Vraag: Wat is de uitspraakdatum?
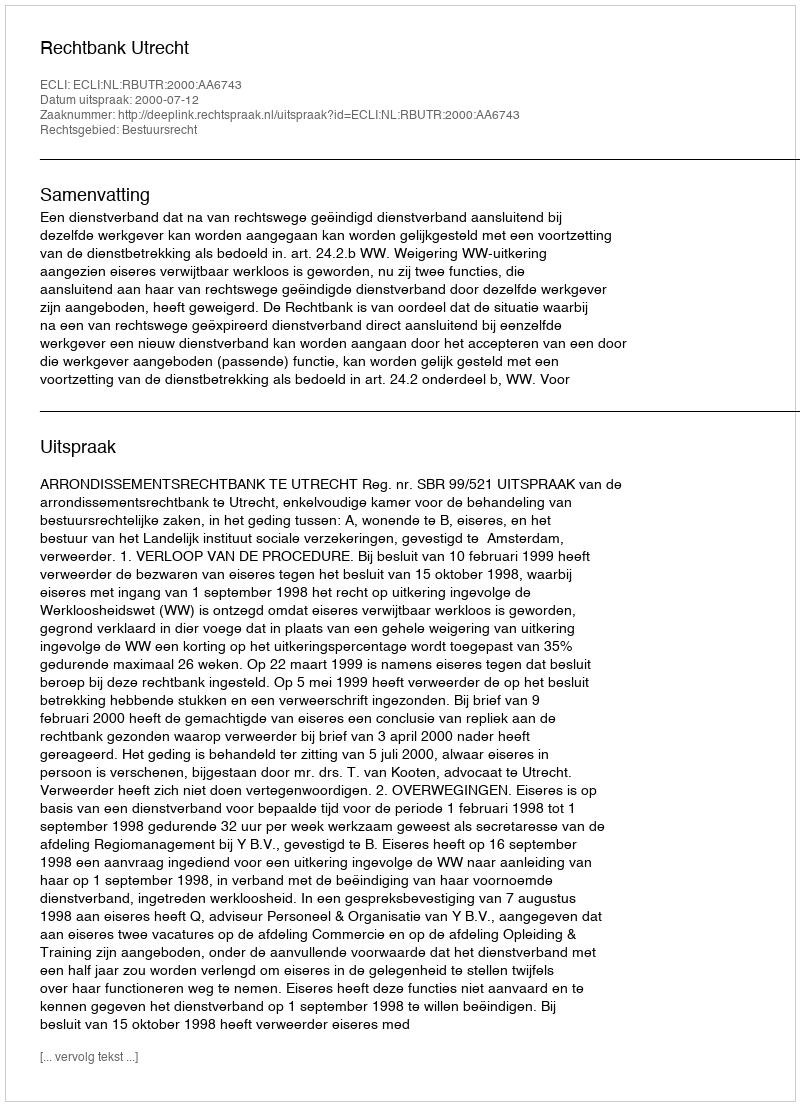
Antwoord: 2000-07-12